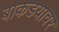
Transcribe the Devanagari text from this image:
बाकडयावर